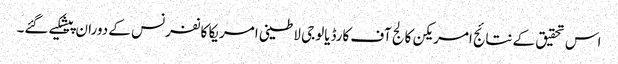
اس تحقیق کے نتائج امریکن کالج آف کارڈیالوجی لاطینی امریکا کانفرنس کے دوران پیشکیے گئے۔